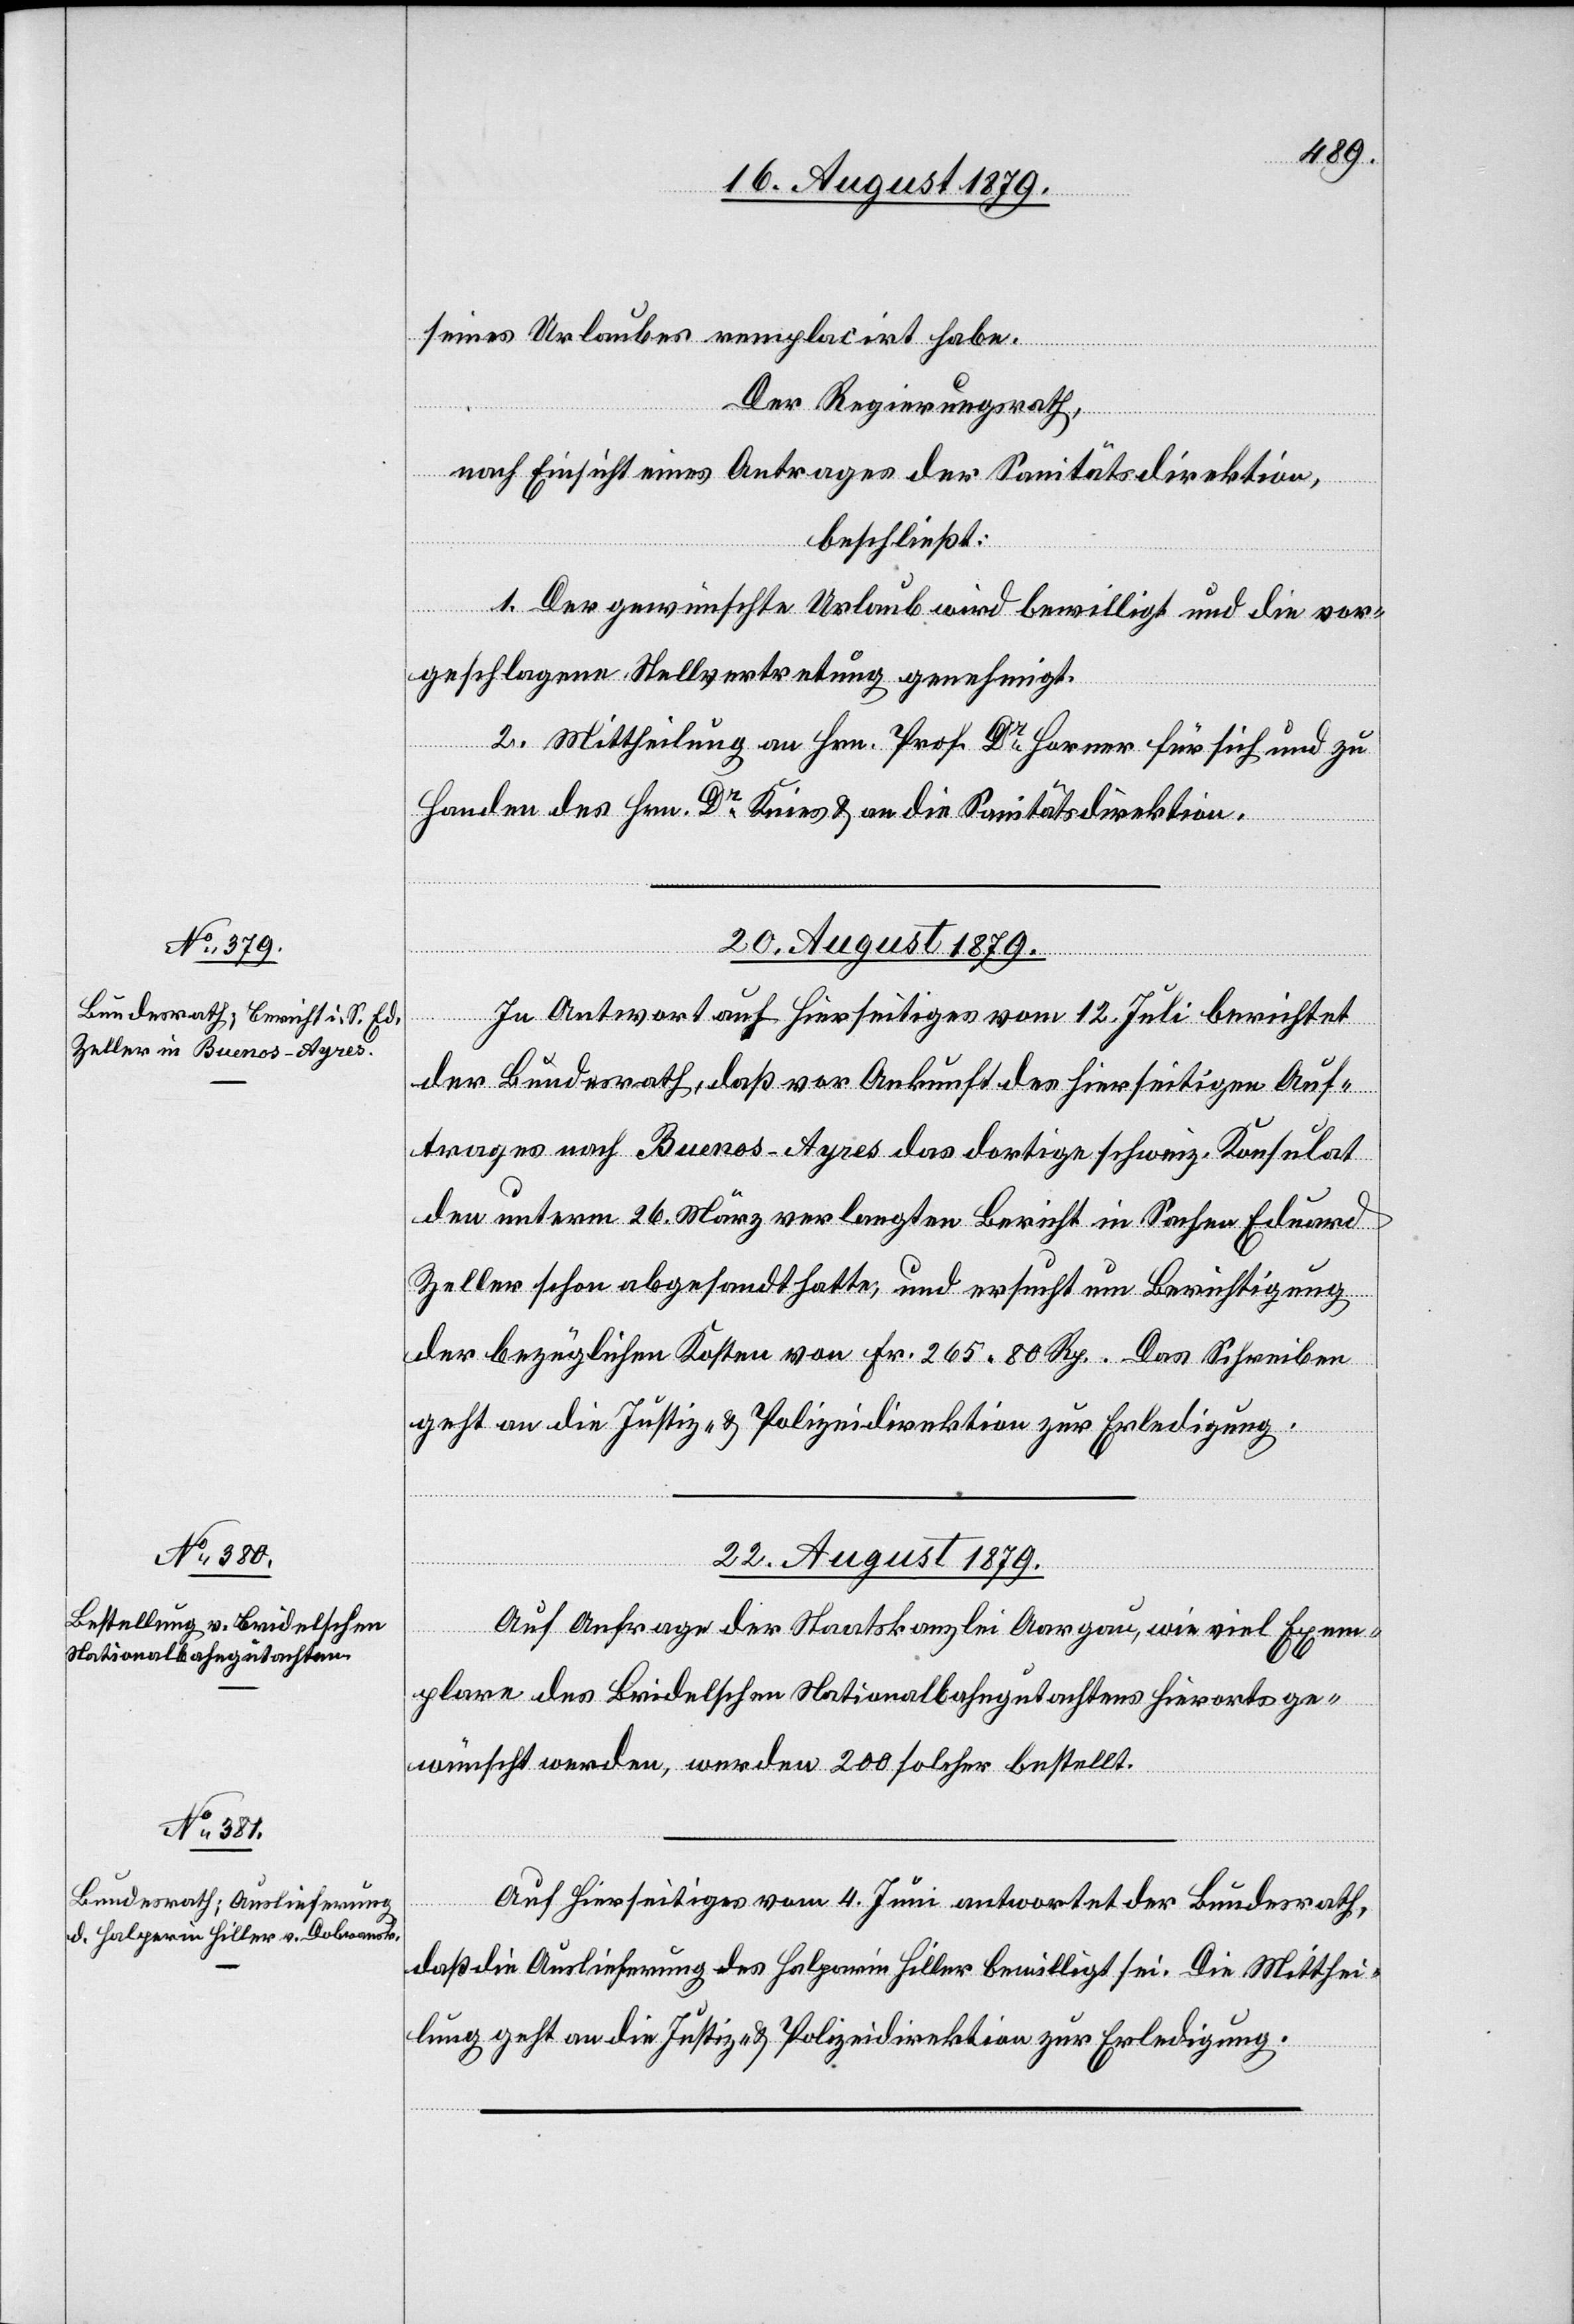
22. August 1879.]
seines Urlaubes remplacirt habe.
Der Regierungsrath,
nach Einsicht eines Antrages der Sanitätsdirektion,
beschließt:
1. Der gewünschte Urlaub wird bewilligt und die vor¬
geschlagene Stellvertretung genehmigt.
2. Mittheilung an Hrn. Prof. Dr Horner für sich und zu
Handen des Hrn. Dr Knies & an die Sanitätsdirektion.
In Antwort auf Hierseitiges vom 12. Juli berichtet
der Bundesrath, daß vor Ankunft des hierseitigen Auf¬
trages nach Buenos-Ayres das dortige schweiz. Konsulat
den unterm 26. März verlangten Bericht in Sachen Eduard
Zeller schon abgesandt hatte, und ersucht um Berichtigung
der bezüglichen Kosten von Fr. 265 80 Rp. Das Schreiben
geht an die Justiz- & Polizeidirektion zur Erledigung.
Auf Anfrage der Staatskanzlei Aargau, wie viel Exem¬
plare des Breidelschen Nationalbahngutachtens hierorts ge¬
wünscht werden, werden 200 solcher bestellt.
Auf Hierseitiges vom 4. Juni antwortet der Bundesrath,
daß die Auslieferung des Halperin Hiller bewilligt sei. Die Mitthei¬
lung geht an die Justiz- & Polizeidirektion zur Erledigung.